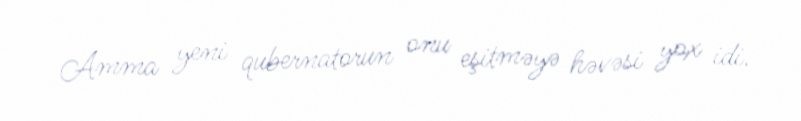
Amma yeni qubernatorun onu eşitməyə həvəsi yox idi.